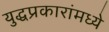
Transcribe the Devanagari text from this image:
युद्धप्रकारांमध्ये